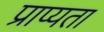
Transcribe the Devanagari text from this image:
प्राप्यता